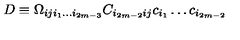
D \equiv \Omega _ { i j i _ { 1 } \dots i _ { 2 m - 3 } } C _ { i _ { 2 m - 2 } i j } c _ { i _ { 1 } } \dots c _ { i _ { 2 m - 2 } }